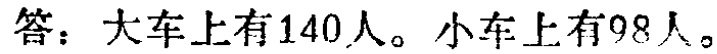
答：大车上有140人。小车上有98人。